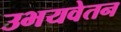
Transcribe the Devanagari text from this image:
उभयवेतन